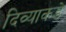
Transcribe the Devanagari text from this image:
दिव्याकडे